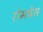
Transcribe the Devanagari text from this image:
रोमप्रेस